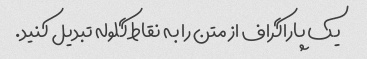
یک پاراگراف از متن را به نقاط گلوله تبدیل کنید.